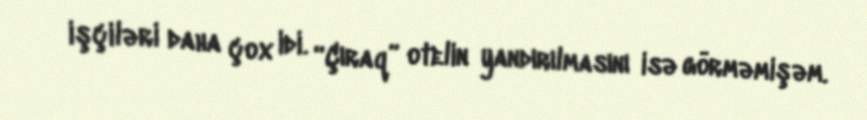
işçiləri daha çox idi. “Çıraq” otelin yandırılmasını isə görməmişəm.